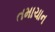
તમાચાન